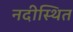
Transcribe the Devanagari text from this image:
नदीस्थित